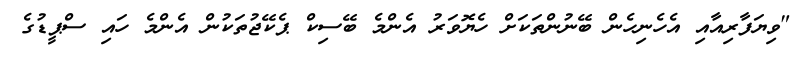
"ވިޔަފާރިއާއި އެހެނިހެން ބޭނުންތަކަށް ހެޔޮވަރު އެންމެ ބޭސިކް ޕެކޭޖުތަކުން އެންމެ ހައި ސްޕީޑުގެ